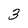
Character: 3